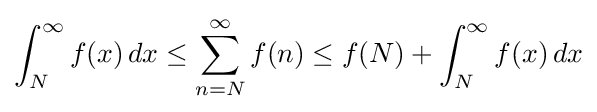
\int _{N}^{\infty }f(x)\,dx\leq \sum _{n=N}^{\infty }f(n)\leq f(N)+\int _{N}^{\infty }f(x)\,dx